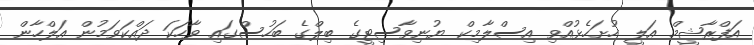
އަފްރާޝީމް އަލީ ހުށަހެޅުއްވި އިސްލާމިކް ޔުނިވާސިޓީގެ ބިލްގެ ބަހުސްގައި ވާހަކަ ދައްކަވަމުން އަލްހާން